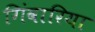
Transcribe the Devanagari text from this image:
गिंवारिया